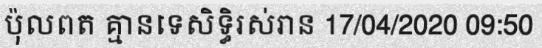
ប៉ុលពត គ្មានទេសិទ្ធិរស់រាន 17/04/2020 09:50